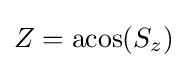
Z=\mathrm {acos} (S_{z})